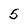
Character: 5